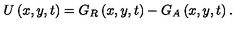
U \left( x , y , t \right) = G _ { R } \left( x , y , t \right) - G _ { A } \left( x , y , t \right) .